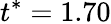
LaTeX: t^{*}=1.70